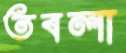
তবলা